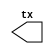
//Really basic model for testing our MIDI UART

//Will transmit 10101010 with start and stop bits

`timescale 1ns/1ns
`define wait_tick #32000//One tick at the right frequency

module midi_model(output reg tx);

	//synthesis translate_off
	initial
	begin
		tx <= 0;
		//Wait some time first before starting
		`wait_tick;
		`wait_tick;
		//Continually turn a a key on and off
		while(1)
		begin
			//Wait for everything to settle on the FPGA and then transmit our start bit
			`wait_tick tx <= 1; //Start bit after a long pause
			`wait_tick tx <= 1; //Control bits 7 through zero
			`wait_tick tx <= 0;
			`wait_tick tx <= 0;
			`wait_tick tx <= 1;
			`wait_tick tx <= 0;
			`wait_tick tx <= 0;
			`wait_tick tx <= 0;
			`wait_tick tx <= 0;
			`wait_tick tx <= 1; //Stop bit
			`wait_tick tx <= 0;//Go low
			
			`wait_tick tx <= 1;//Start bit
			`wait_tick tx <= 0;//Key value 7 through 0
			`wait_tick tx <= 0;
			`wait_tick tx <= 1;
			`wait_tick tx <= 0;
			`wait_tick tx <= 1;
			`wait_tick tx <= 0;
			`wait_tick tx <= 1;
			`wait_tick tx <= 0;
			`wait_tick tx <= 1; //Stop bit
			`wait_tick tx <= 0;//Go low
			
			`wait_tick tx <= 1;//Start bit
			`wait_tick tx <= 0;//Velocity value 7 through 0
			`wait_tick tx <= 0;
			`wait_tick tx <= 1;
			`wait_tick tx <= 1;
			`wait_tick tx <= 0;
			`wait_tick tx <= 0;
			`wait_tick tx <= 1;
			`wait_tick tx <= 1;
			`wait_tick tx <= 1; //Stop bit
			`wait_tick tx <= 0;//Go low
			
			//Do exactly the same for note off
			`wait_tick tx <= 1; //Start bit after a long pause
			`wait_tick tx <= 1; //Control bits 7 through zero
			`wait_tick tx <= 0;
			`wait_tick tx <= 0;
			`wait_tick tx <= 0;
			`wait_tick tx <= 0;
			`wait_tick tx <= 0;
			`wait_tick tx <= 0;
			`wait_tick tx <= 0;
			`wait_tick tx <= 1; //Stop bit
			`wait_tick tx <= 0;//Go low
			
			`wait_tick tx <= 1;//Start bit
			`wait_tick tx <= 0;//Key value 7 through 0
			`wait_tick tx <= 0;
			`wait_tick tx <= 1;
			`wait_tick tx <= 0;
			`wait_tick tx <= 1;
			`wait_tick tx <= 0;
			`wait_tick tx <= 1;
			`wait_tick tx <= 0;
			`wait_tick tx <= 1; //Stop bit
			`wait_tick tx <= 0;//Go low
			
			`wait_tick tx <= 1;//Start bit
			`wait_tick tx <= 0;//Velocity value 7 through 0
			`wait_tick tx <= 0;
			`wait_tick tx <= 1;
			`wait_tick tx <= 1;
			`wait_tick tx <= 0;
			`wait_tick tx <= 0;
			`wait_tick tx <= 1;
			`wait_tick tx <= 1;
			`wait_tick tx <= 1; //Stop bit
			`wait_tick tx <= 0;//Go low
		end
		
	end
	//synthesis translate_on

endmodule